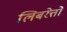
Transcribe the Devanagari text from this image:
लिबरेत्तो